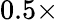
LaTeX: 0.5\times